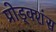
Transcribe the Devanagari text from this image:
प्रोड्क्शंस